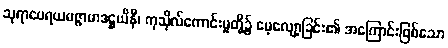
သုရာမေရယမဇ္ဇာမာဒဋ္ဌယိနီ၊ ကုသိုလ်ကောင်းမှုတို့၌ မေ့လျော့ခြင်း၏ အကြောင်းဖြစ်သော